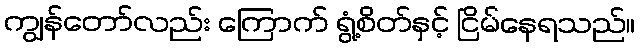
ကျွန်တော်လည်း ကြောက် ရွံ့စိတ်နှင့် ငြိမ်နေရသည်။